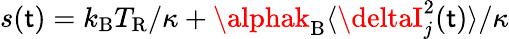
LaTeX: s(\mathsf{t})=k_{\mathrm{{B}}}T_{\mathrm{{R}}}/\kappa+\alphak_{\mathrm{{B}}}\langle\deltaI_{j}^{2}(\mathsf{t})\rangle/\kappa